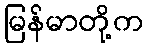
မြန်မာတို့က